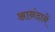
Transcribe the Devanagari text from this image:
आनंदानें